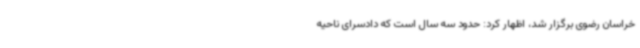
خراسان رضوی برگزار شد، اظهار کرد: حدود سه سال است که دادسرای ناحیه